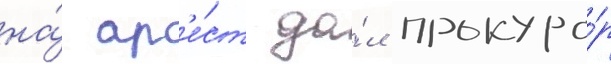
на́ ар'е́ст да́л прокуро́р